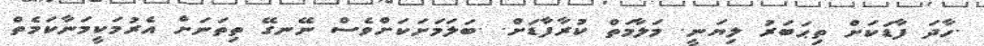
.ހާދަ ފާޑަކަށް ތިޙަބަރު ލިޔަނީ. މަލާމަތް ކުރާފާޑަށް. .ބަލަމަށަކަށްވެސް ނޭނގޭ ތިތަނަށް އެރުމަކީމަނާކަމެތް